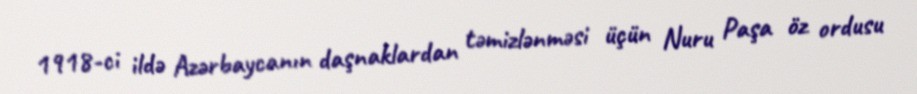
1918-ci ildə Azərbaycanın daşnaklardan təmizlənməsi üçün Nuru Paşa öz ordusu